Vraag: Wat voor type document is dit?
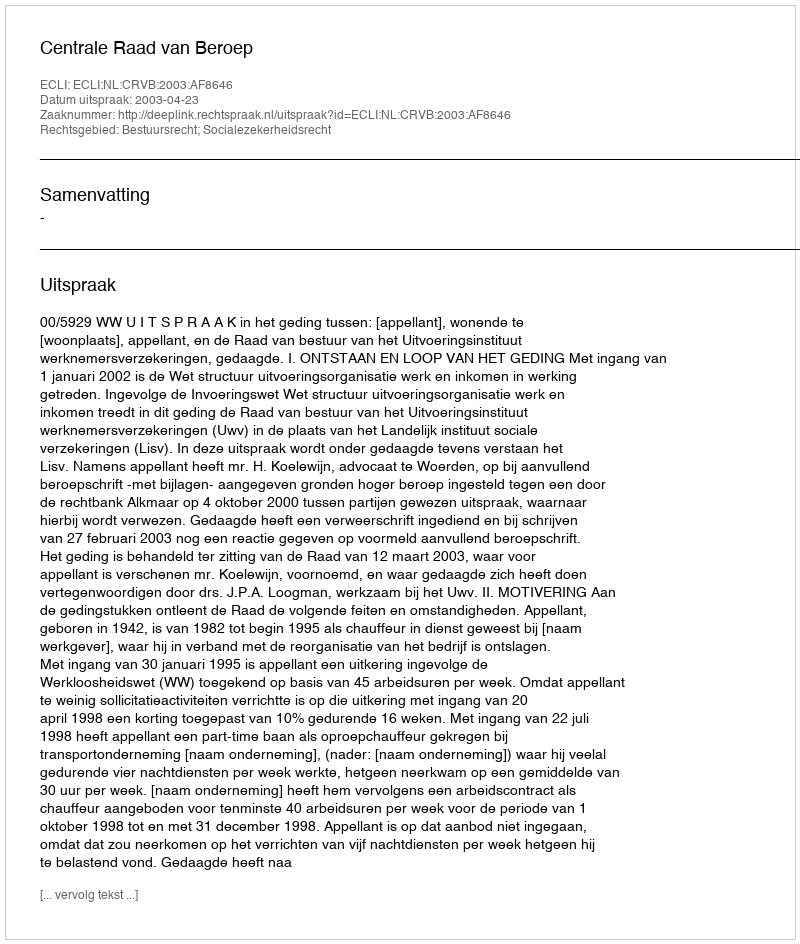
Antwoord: Uitspraak